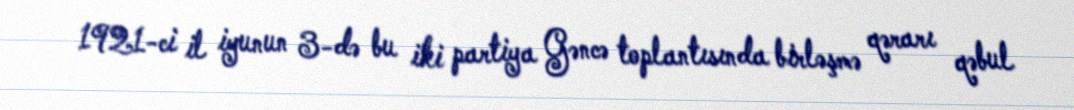
1921-ci il iyunun 3-də bu iki partiya Gəncə toplantısında birləşmə qərarı qəbul